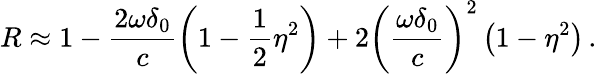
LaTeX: R\approx 1-\frac{2\omega\delta_{0}}{c}\left(1-\frac{1}{2}\eta^{2}\right)+2\left(\frac{\omega\delta_{0}}{c}\right)^{2}\left(1-\eta^{2}\right)\, .